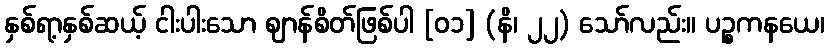
နှစ်ရာ့နှစ်ဆယ့် ငါးပါးသော ဈာန်စိတ်ဖြစ်ပါ [၀၁] (နိ၊ ၂၂) သော်လည်း။ ပဉ္စကနယေ၊